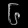
Digit: ၆